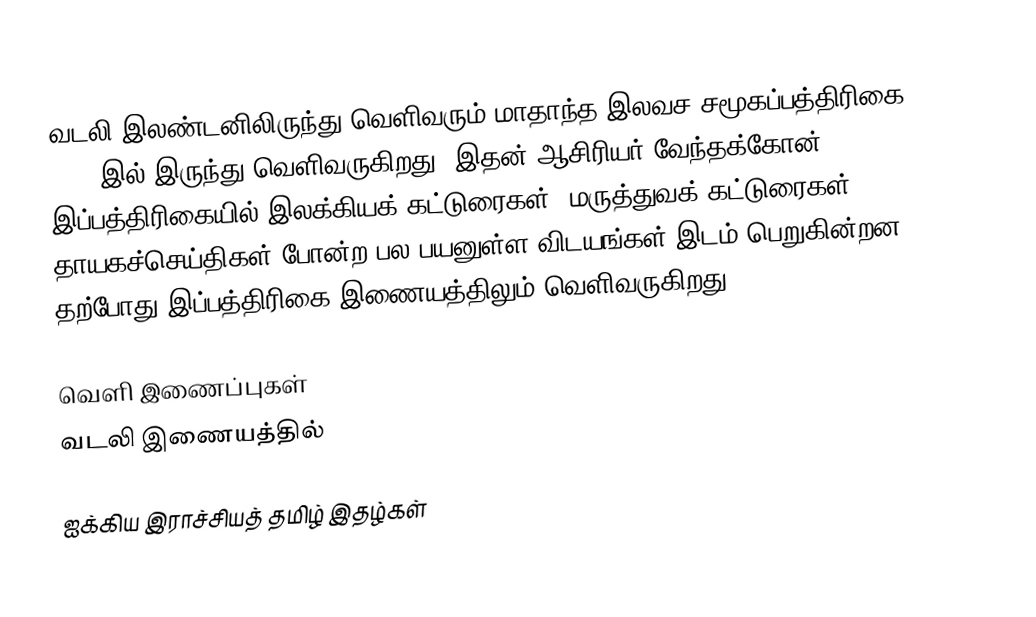
வடலி இலண்டனிலிருந்து வெளிவரும் மாதாந்த இலவச சமூகப்பத்திரிகை. 2001 இல் இருந்து வெளிவருகிறது. இதன் ஆசிரியர் வேந்தக்கோன். இப்பத்திரிகையில் இலக்கியக் கட்டுரைகள், மருத்துவக் கட்டுரைகள், தாயகச்செய்திகள் போன்ற பல பயனுள்ள விடயங்கள் இடம் பெறுகின்றன. தற்போது இப்பத்திரிகை இணையத்திலும் வெளிவருகிறது.

வெளி இணைப்புகள்
வடலி இணையத்தில்

ஐக்கிய இராச்சியத் தமிழ் இதழ்கள்